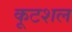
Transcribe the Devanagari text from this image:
कूटशल